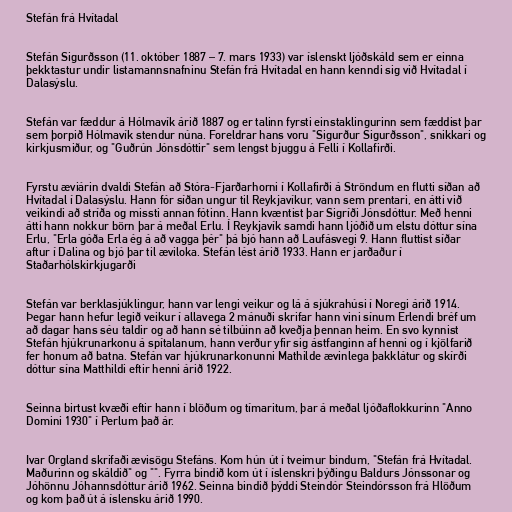
Stefán frá Hvítadal

Stefán Sigurðsson (11. október 1887 – 7. mars 1933) var íslenskt ljóðskáld sem er einna
þekktastur undir listamannsnafninu Stefán frá Hvítadal en hann kenndi sig við Hvítadal í
Dalasýslu.

Stefán var fæddur á Hólmavík árið 1887 og er talinn fyrsti einstaklingurinn sem fæddist þar
sem þorpið Hólmavík stendur núna. Foreldrar hans voru "Sigurður Sigurðsson", snikkari og
kirkjusmiður, og "Guðrún Jónsdóttir" sem lengst bjuggu á Felli í Kollafirði.

Fyrstu æviárin dvaldi Stefán að Stóra-Fjarðarhorni í Kollafirði á Ströndum en flutti síðan að
Hvítadal í Dalasýslu. Hann fór síðan ungur til Reykjavíkur, vann sem prentari, en átti við
veikindi að stríða og missti annan fótinn. Hann kvæntist þar Sigríði Jónsdóttur. Með henni
átti hann nokkur börn þar á meðal Erlu. Í Reykjavík samdi hann ljóðið um elstu dóttur sína
Erlu, "Erla góða Erla ég á að vagga þér" þá bjó hann að Laufásvegi 9. Hann fluttist síðar
aftur í Dalina og bjó þar til æviloka. Stefán lést árið 1933. Hann er jarðaður í
Staðarhólskirkjugarði

Stefán var berklasjúklingur, hann var lengi veikur og lá á sjúkrahúsi í Noregi árið 1914.
Þegar hann hefur legið veikur í allavega 2 mánuði skrifar hann vini sínum Erlendi bréf um
að dagar hans séu taldir og að hann sé tilbúinn að kveðja þennan heim. En svo kynnist
Stefán hjúkrunarkonu á spítalanum, hann verður yfir sig ástfanginn af henni og í kjölfarið
fer honum að batna. Stefán var hjúkrunarkonunni Mathilde ævinlega þakklátur og skírði
dóttur sína Matthildi eftir henni árið 1922.

Seinna birtust kvæði eftir hann í blöðum og tímaritum, þar á meðal ljóðaflokkurinn "Anno
Domini 1930" í Perlum það ár.

Ivar Orgland skrifaði ævisögu Stefáns. Kom hún út í tveimur bindum, "Stefán frá Hvítadal.
Maðurinn og skáldið" og "". Fyrra bindið kom út í íslenskri þýðingu Baldurs Jónssonar og
Jóhönnu Jóhannsdóttur árið 1962. Seinna bindið þýddi Steindór Steindórsson frá Hlöðum
og kom það út á íslensku árið 1990.